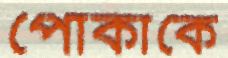
পোকাকে